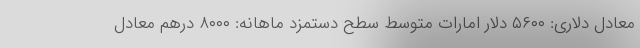
معادل دلاری: ۵۶۰۰ دلار امارات متوسط سطح دستمزد ماهانه: ۸۰۰۰ درهم معادل